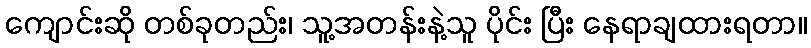
ကျောင်းဆို တစ်ခုတည်း၊ သူ့အတန်းနဲ့သူ ပိုင်း ပြီး နေရာချထားရတာ။